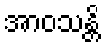
အာဝသန္တိ